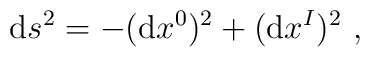
{\rm d}s^2 = -({\rm d}x^0)^2+({\rm d}x^I)^2\ ,